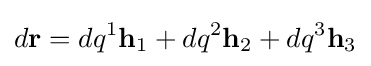
d\mathbf {r} =dq^{1}\mathbf {h} _{1}+dq^{2}\mathbf {h} _{2}+dq^{3}\mathbf {h} _{3}